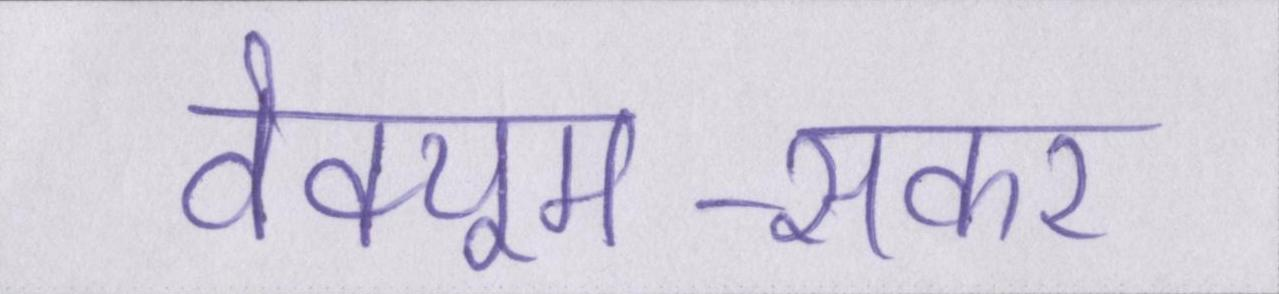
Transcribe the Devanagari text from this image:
वेक्यूम-सकर